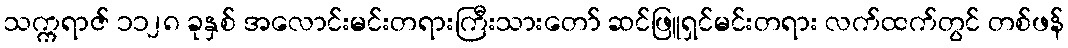
သက္ကရာဇ် ၁၁၂၈ ခုနှစ် အလောင်းမင်းတရားကြီးသားတော် ဆင်ဖြူရှင်မင်းတရား လက်ထက်တွင် တစ်ဖန်